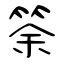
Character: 筡